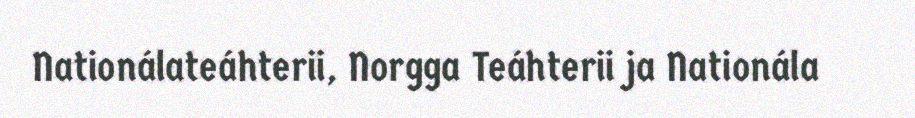
Nationálateáhterii, Norgga Teáhterii ja Nationála